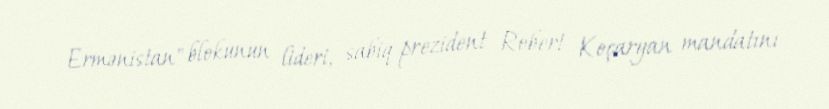
Ermənistan" blokunun lideri, sabiq prezident Robert Koçaryan mandatını